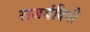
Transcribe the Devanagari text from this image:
राजबंदिनी